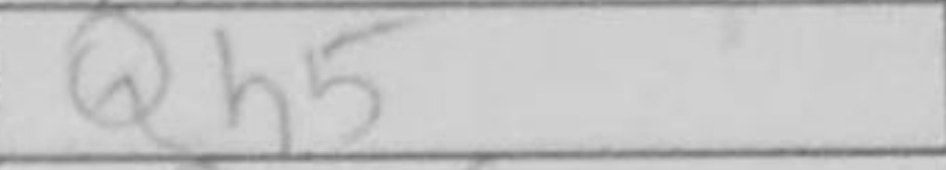
Transcription: Qh5